Report of the Indian Hemp Drugs Commission, 1894-1895 - Volume VII
Year: 1894
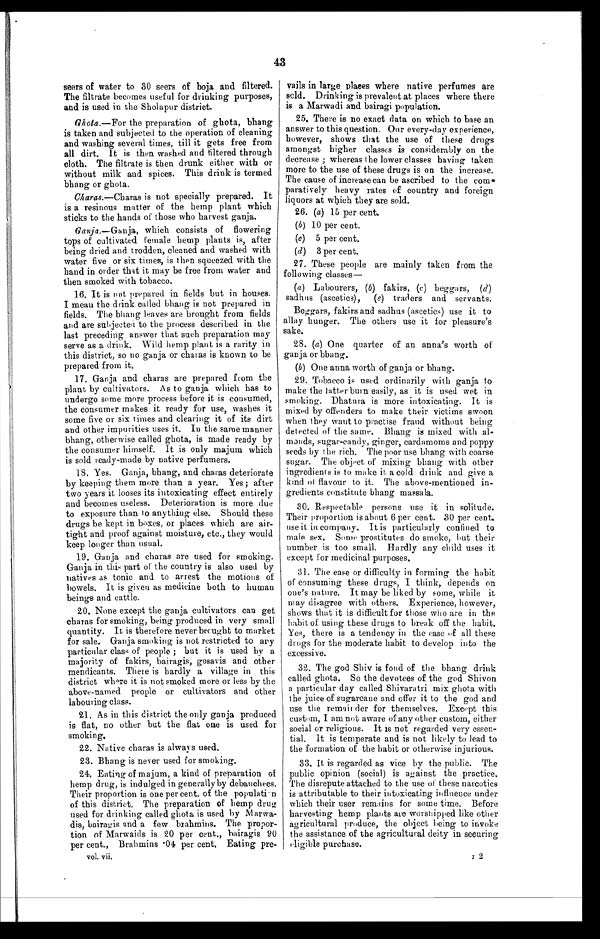
12
43
seers of water to 30 seers of boja and filtered.
The filtrate becomes useful for drinking purposes,
and is used in the Sholapur district.
Ghota.— For the preparation of ghota, bhang
is taken and subjected to the operation of cleaning
and washing several times, till it gets free from
all dirt. It is then washed and filtered through
cloth. The filtrate is then drunk either with or
without milk and spices. This drink is termed
bhang or ghota.
Charas. —Charas is not specially prepared. It
is a resinous matter of the hemp plant which
sticks to the hands of those who harvest ganja.
Ganja.—Ganja, which consists of flowering
tops of cultivated female hemp plants is, after
being dried and trodden, cleaned and washed with
water five or six times, is then squeezed with the
hand in order that it may be free from water and
then smoked with tobacco.
16. It is not prepared in fields but in houses.
I mean the drink called bhang is not prepared in
fields. The bhang leaves are brought from fields
and are subjected to the process described in the
last preceding answer that such preparation may
serve as a drink. Wild hemp plant is a rarity in
this district, so no ganja or charas is known to be
prepared from it.
17. Ganja and charas are prepared from the
plant by cultivators. As to ganja which has to
undergo some more process before it is consumed,
the consumer makes it ready for use, washes it
some five or six times and clearing it of its dirt
and other impurities uses it. In the same manner
bhang, otherwise called ghota, is made ready by
the consumer himself. It is only majum which
is sold ready-made by native perfumers.
18. Yes. Ganja, bhang, and charas deteriorate
by keeping them more than a year. Yes; after
two years it looses its intoxicating effect entirely
and becomes useless. Deterioration is more due
to exposure than to anything else. Should these
drugs be kept in boxes, or places which are air
- t i g h t a n d p r o o f a g a i n s t m o i s t u r e , e t c . , t h e y w o u l d
keep longer than usual.
19. Ganja and charas are used for smoking.
Ganja in this part of the country is also used by
natives as tonic and to arrest the motions of
bowels. It is given as medicine both to human
beings and cattle.
20. None except the ganja cultivators can get
charas for smoking, being produced in very small
quantity. It is therefore never brought to market
for sale. Ganja smoking is not restricted to any
particular class of people ; but it is used by a
majority of fakirs, bairagis, gosavis and other
mendicants. There is hardly a village in this
district where it is not smoked more or less by the
above-named people or cultivators and other
labouring class.
21. As in this district the only ganja produced
is flat, no other but the flat one is used for
smoking.
22. Native charas is always used.
23. Bhang is never used for smoking.
24. Eating of majum, a kind of preparation of
hemp drug, is indulged in generally by debauchees.
Their proportion is one per cent. of the population
of this district. The preparation of hemp drug
used for drinking called ghota is used by Marwa
-dis, bairagis and a few brahmins. The propor
- t i o n o f M a r w a i d s i s 2 0 p e r c e n t . , b a i r a g i s 9 0
per cent., Brahmins .04 per cent. Eating pre-vails in large places where native perfumes are
sold. Drinking is prevalent at places where there
is a Marwadi and bairagi population.
25. There is no exact data on which to base an
answer to this question. Our every-day experience,
however, shows that the use of these drugs
amongst higher classes is considerably on the
decrease ; whereas the lower classes having taken
more to the use of these drugs is on the increase.
The cause of increase can be ascribed to the com
- p a r a t i v e l y h e a v y r a t e s o f c o u n t r y a n d f o r e i g n
liquors at which they are sold.
26. (a) 15 per cent.
(b) 10 per cent.
(c) 5 per cent.
(d) 3 per cent.
27. These people are mainly taken from the
following classes—
(a) Labourers, (b) fakirs, (c ) beggars, ( d )
sadhus (ascetics),
(e) traders and servants.
Beggars, fakirs and sadhus (ascetic s ) use it to
allay hunger. The others use it for pleasure's
sake.
28. (a) One quarter of an anna's worth of
ganja or bhang.
(b) One anna worth of ganja or bhang.
29. Tobacco is used ordinarily with ganja to
make the latter burn easily, as it is used wet in
smoking. Dhatura is more intoxicating. It is
mixed by offenders to make their victims swoon
when they want to practise fraud without being
detected of the same. Bhang is mixed with al
-
monds, sugar-candy, ginger, cardamoms and poppy
seeds by the rich. The poor use bhang with coarse
sugar. The object of mixing bhang with other
ingredients is to make it a cold drink and give a
kind of flavour to it. The above-mentioned in
-
gredients constitute bhang massala.
30. Respectable persons use it in solitude.
Their proportion is about 6 per cent. 30 per cent.
use it in company. It is particularly confined to
male sex. Some prostitutes do smoke, but their
number is too small. Hardly any child uses it
except for medicinal purposes.
31. The ease or difficulty in forming the habit
of consuming these drugs, I think, depends on
one's nature. It may be liked by some, while it
may disagree with others. Experience, however,
shows that it is difficult for those who are in the
habit of using these drugs to break off the habit.
Yes, there is a tendency in the case of all these
drugs for the moderate habit to develop into the
excessive.
32. The god Shiv is fond of the bhang drink
called ghota. So the devotees of the god Shivon
a particular day called Shivaratri mix ghota with
the juice of sugarcane and offer it to the god and
use the remainder for themselves. Except this
custom, I am not aware of any other custom, either
social or religious. It is not regarded very essen
-
tial. It is temperate and is not likely to lead to
the formation of the habit or otherwise injurious.
33. It is regarded as vice by the public. The
public opinion (social) is against the practice.
The disrepute attached to the use of these narcotics
is attributable to their intoxicating influence under
which their user remains for some time. Before
harvesting hemp plants are worshipped like other
agricultural produce, the object being to invoke
the assistance of the agricultural deity in securing
eligible purchase.
vol. vii.